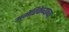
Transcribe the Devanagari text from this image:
अमेरिकेच्याच्या